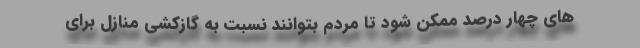
های چهار درصد ممکن شود تا مردم بتوانند نسبت به گازکشی منازل برای